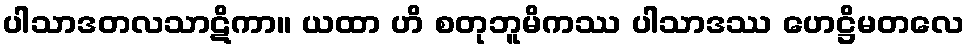
ပါသာဒတလသာဋိကာ။ ယထာ ဟိ စတုဘူမိကဿ ပါသာဒဿ ဟေဋ္ဌိမတလေ